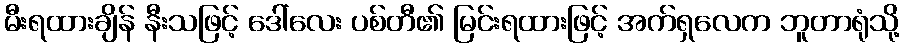
မီးရထားချိန် နီးသဖြင့် ဒေါ်လေး ပစ်တီ၏ မြင်းရထားဖြင့် အက်ရှလေက ဘူတာရုံသို့